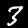
Label: 3